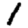
Digit: 1